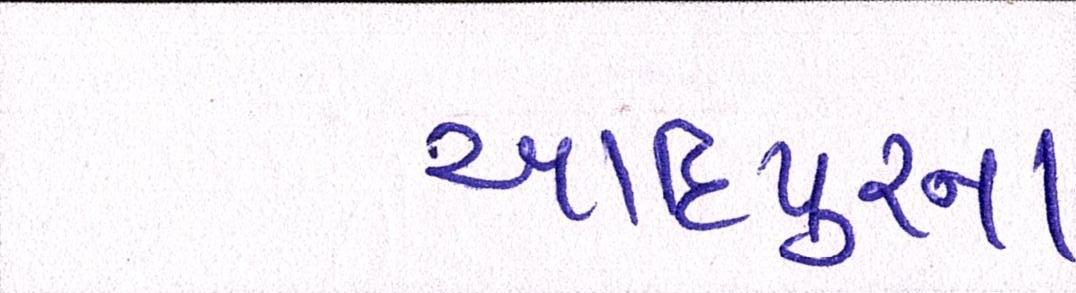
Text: આદિપુરના